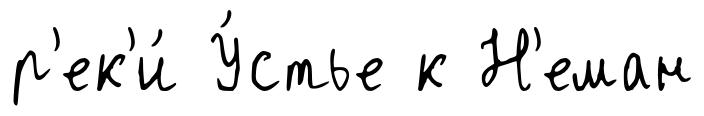
р'ек'и́ У́стье к Н'еман